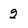
Character: 2